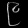
Digit: ၉